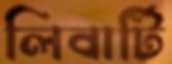
লিবার্টি